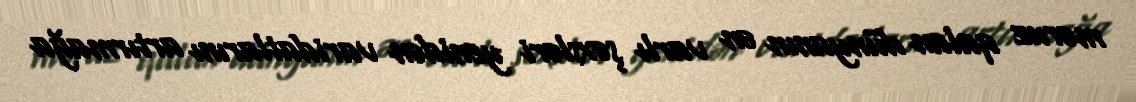
məruz qalan dünyanın ən varlı şəxsləri yenidən varidatlarını artırmağa